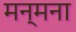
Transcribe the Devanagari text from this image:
मन्मना